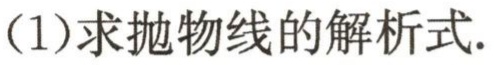
(1)求抛物线的解析式.